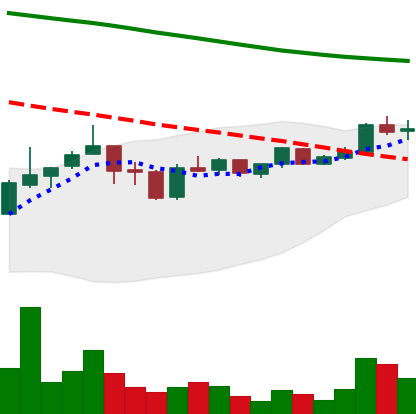
Ticker: ADA-USD
Chart end date: 2019-01-08
Forward return: -17.072%
Label: down_7plus